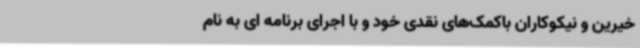
خیرین و نیکوکاران باکمک‌های نقدی خود و با اجرای برنامه ای به نام